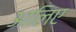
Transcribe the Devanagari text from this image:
आलिए